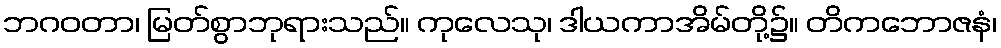
ဘဂဝတာ၊ မြတ်စွာဘုရားသည်။ ကုလေသု၊ ဒါယကာအိမ်တို့၌။ တိကဘောဇနံ၊